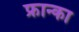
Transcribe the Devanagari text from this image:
फ्रान्का